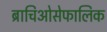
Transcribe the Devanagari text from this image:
ब्राचिओसेफालिक